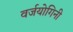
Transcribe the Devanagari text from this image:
वर्जयोगिनी